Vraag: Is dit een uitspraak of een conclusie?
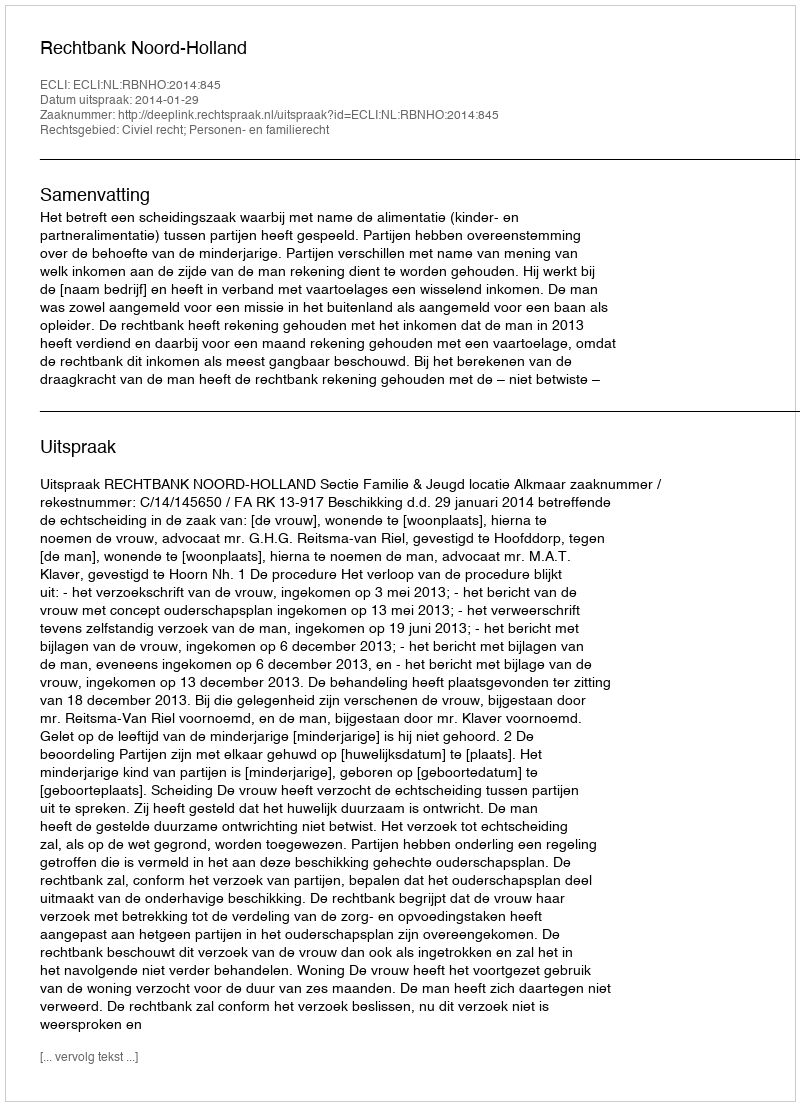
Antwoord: Uitspraak